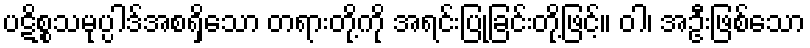
ပဋိစ္စသမုပ္ပါဒ်အစရှိသော တရားတို့ကို အရင်းပြုခြင်းတို့ဖြင့်။ ဝါ၊ အဦးဖြစ်သော